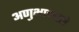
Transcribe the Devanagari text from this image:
अणुभारवाले